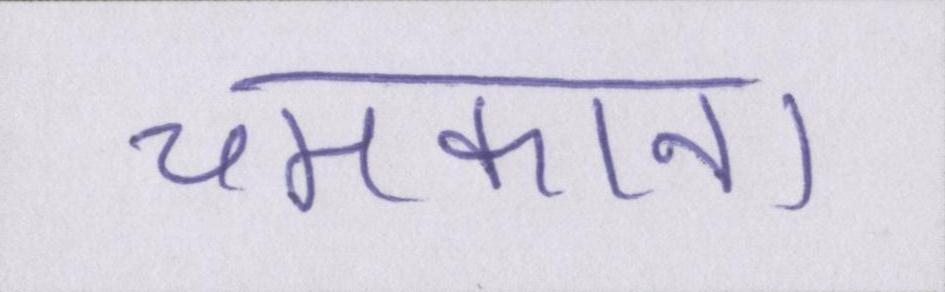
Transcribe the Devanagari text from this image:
चमकाना